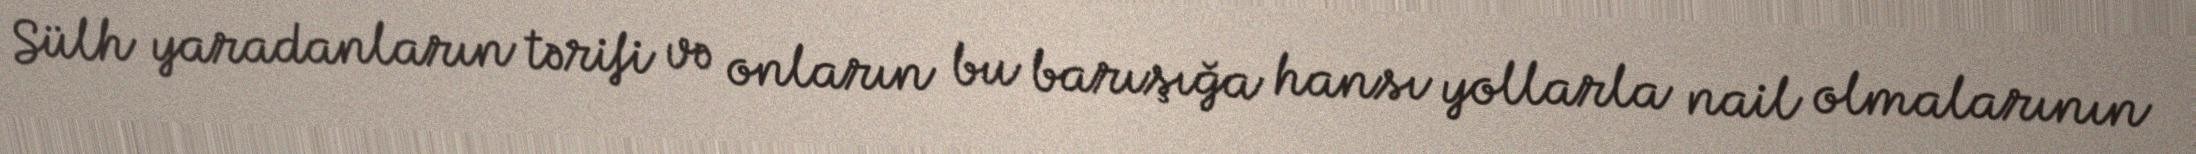
Sülh yaradanların tərifi və onların bu barışığa hansı yollarla nail olmalarının